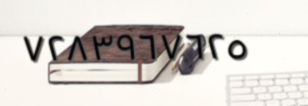
٧٢٨٣٩٦٧٦٢٥